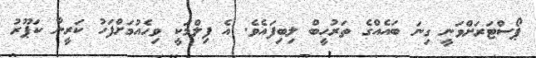
ޕޯސްޓަރަށްވަނީ ގިނަ ބައެއްގެ ތަރުހީބް ލިބިފައެވެ. އެ ފިލްމަކީ ވިހެއުމަށްފަހު ކަރީނާ ކަޕޫރު